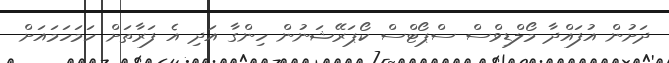
ދަށުން އުފައްދާ މޯލްޑިވްސް ސްޕޯޓްސް ކޯޕަރޭޝަނުން ހިންގާ އަދި އެ ފަރާތަށް ހަމަހަމައަށް